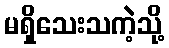
မရှိသေးသကဲ့သို့